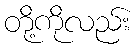
တို့ကိုလည်း